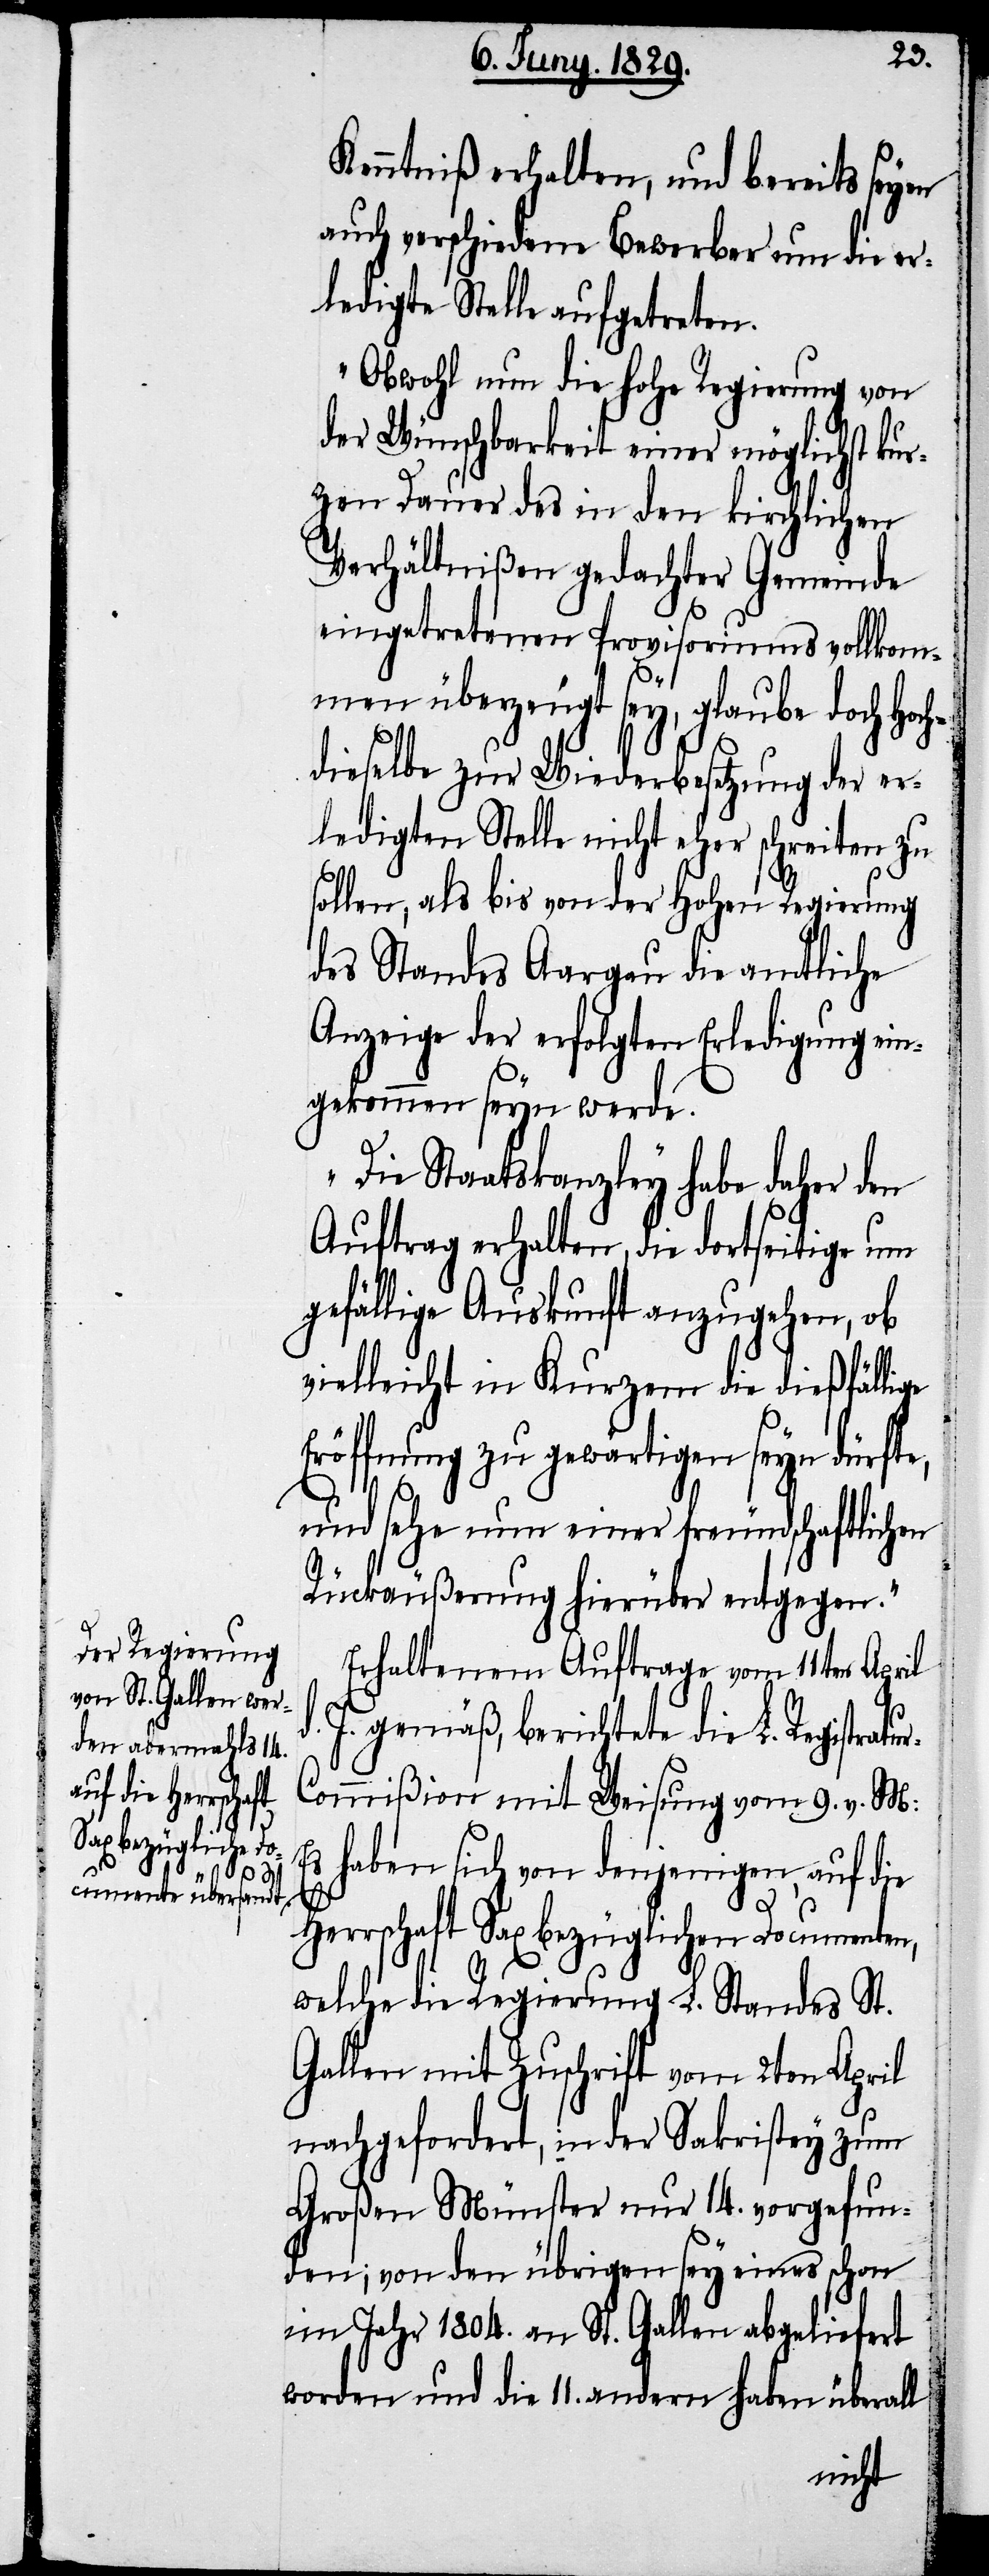
ur-C¬

Kenntniß erhalten, und bereits seyen
auch verschiedene Bewerber um die er¬
ledigte Stelle aufgetreten.
Obwohl nun die hohe Regierung von
der Wünschbarkeit einer möglichst kur¬
zen Dauer des in den kirchlichen
Verhältnißen gedachter Gemeinde
eingetretenen Provisoriums vollkom¬
He¬
men überzeugt sey, glaube doch Hoch¬
dieselbe zur Wiederbesetzung der er¬
ledigten Stelle nicht eher schreiten zu
sollen, als bis von der Hohen Regierung
des Standes Aargau die amtliche
Anzeige der erfolgten Erledigung ein¬
gekommen seyn werde.
Die Staatskanzley habe daher den
Auftrag erhalten, die dortseitige um
gefällige Auskunft anzugehen, ob
vielleicht in Kurzem die dießfälli¬
Eröffnung zu gewärtigen seyn dürfte,
und sehe nun einer freundschaftlichen
Rückäußerung hierüber entgegen.“
Erhaltenem Auftrage vom 11ten April
J. gemäß, berichtete die L. Registrat¬
ommißion mit Weisung vom 9. v. M:
Es haben sich von denjenigen, auf die
rrschaft Sax bezüglichen
welche die Regierung L. Standes St.
Gallen mit Zuschrift vom 2ten April
nachgefordert, in der Sakristey zum
Großen Münster nur 14. vorgefun¬
den; von den übrigen sey eines schon
im Jahr 1804. an St. Gallen abgeliefert
worden und die 11. andern haben überall